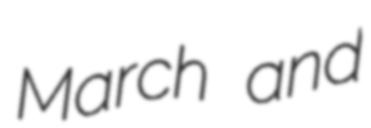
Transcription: March and